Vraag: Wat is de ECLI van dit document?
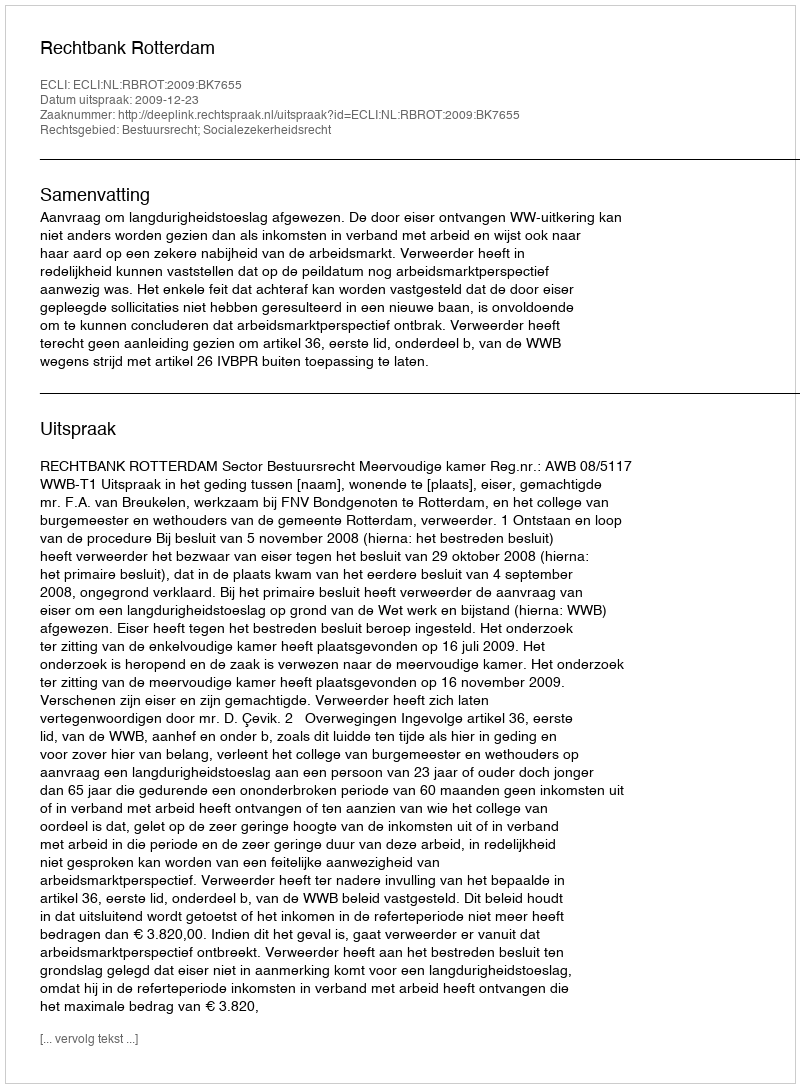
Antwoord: ECLI:NL:RBROT:2009:BK7655